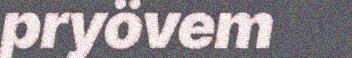
pryövem